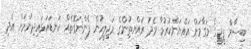
ބިސާމް ޕީޖީގެ މަގާމަށް އައްޔަންކުރުމާ މެދު ރައްޔތިުންގެ މަޖިލީހުން ފެންނަގޮތެއް ކަނޑައަޅައިދިނުމަށް އެދި